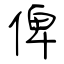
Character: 俾